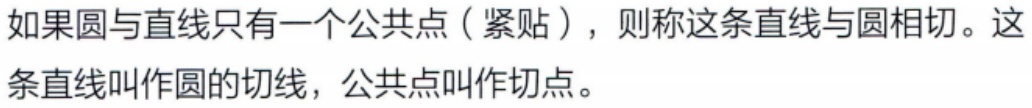
如果圆与直线只有一个公共点（紧贴），则称这条直线与圆相切。这条直线叫作圆的切线，公共点叫作切点。